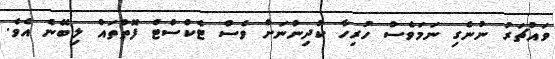
ވައުޗަރު ނުނެގި ނަމަވެސް ހުރިހާ ކުދިންނަށް ވެސް ޓެކްސްޓް ފޮތްތައް ލިބޭނެ އެވެ.